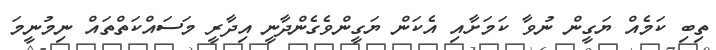
ތިބި ކަމެއް ޔަގީން ނުވާ ކަމަށާއި އެކަން ޔަގީންވެގެންދާނީ އިދާރީ މަސައްކަތްތައް ނިމުނީމަ